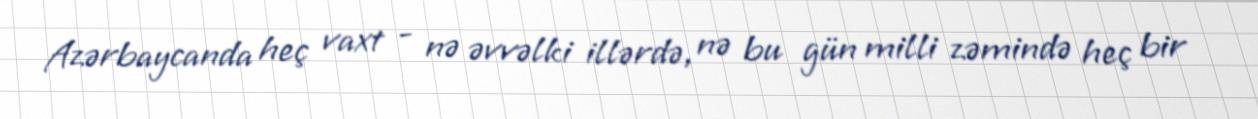
Azərbaycanda heç vaxt - nə əvvəlki illərdə, nə bu gün milli zəmində heç bir